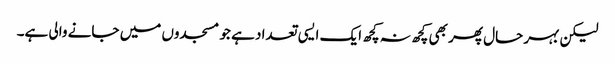
لیکن بہر حال پھر بھی کچھ نہ کچھ ایک ایسی تعداد ہے جو مسجدوں میں جانے والی ہے۔